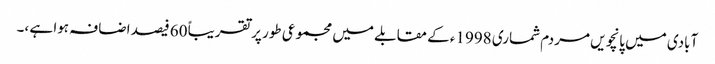
آبادی میں پانچویں مردم شماری 1998ء کے مقابلے میں مجموعی طور پرتقریباً 60 فیصد اضافہ ہوا ہے ،۔